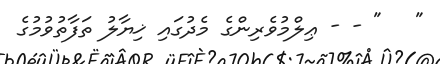
"   " - - ޢިލްމުވެރިންގެ މެދުގައި ޚިޔާލު ތަފާތުވުމުގެ